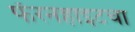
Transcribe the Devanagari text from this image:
फॅरनहाइटचा